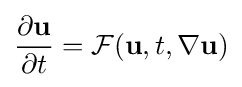
{\frac {\partial \mathbf {u} }{\partial t}}={\mathcal {F}}(\mathbf {u} ,t,\nabla \mathbf {u} )